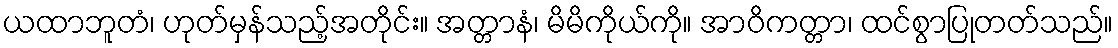
ယထာဘူတံ၊ ဟုတ်မှန်သည့်အတိုင်း။ အတ္တာနံ၊ မိမိကိုယ်ကို။ အာဝိကတ္တာ၊ ထင်စွာပြုတတ်သည်။